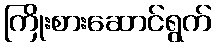
ကြိုးစားဆောင်ရွက်